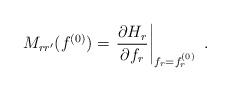
\begin{align*}M_{rr^\prime}(f^{(0)})=\left.\frac{\partial H_r}{\partial f_r}\right|_{f_r=f_r^{(0)}}\,\,.\end{align*}